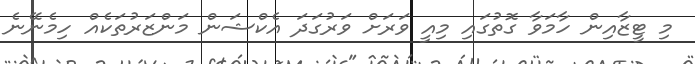
މި ޓީޒާއިން ހާމަވާ ގޮތުގައި މިއީ ވަރަށް ވަރުގަދަ އެކްޝަން މަންޒަރުތަކެއް ހިމެނޭނެ